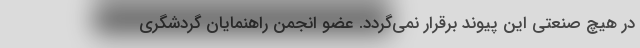
در هیچ صنعتی این پیوند برقرار نمی‌­گردد. عضو انجمن راهنمایان گردشگری